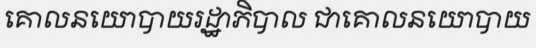
គោលនយោបាយរដ្ឋាភិបាល ជាគោលនយោបាយ